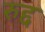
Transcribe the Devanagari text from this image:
रुद्द